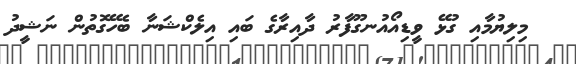
މިލިޔުމާއި ގުޅޭ ވީޑިއޯއުނގޫފާރު ދާއިރާގެ ބައި އިލެކްޝަނާ ބެހޭގޮތުން ނަޝީދު